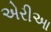
એરીઆ